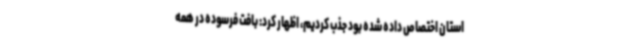
استان اختصاص داده شده بود جذب کردیم، اظهار کرد: بافت فرسوده در همه